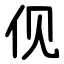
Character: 伣